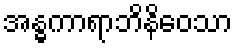
အန္ဓကာရာဘိနိဝေသာ